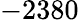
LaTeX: -2380